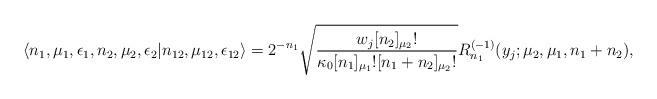
LaTeX: \begin{align*} \langle n_1, \mu_1, \epsilon_1, n_2, \mu_2, \epsilon_2 | n_{12}, \mu_{12}, \epsilon_{12} \rangle &= 2^{-n_1}\sqrt{\frac{w_j [n_2]_{\mu_2}!}{\kappa_0 [n_1]_{\mu_1}! [n_1+n_2]_{\mu_2}!}} R_{n_1}^{(-1)}(y_j ; \mu_2, \mu_1, n_1 + n_2),\end{align*}